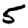
Digit: 5